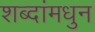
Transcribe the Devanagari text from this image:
शब्दांमधुन